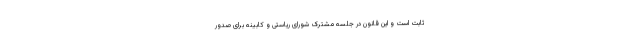
ثابت است و این قانون در جلسه مشترک شورای ریاستی و کابینه برای صدور